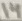
Text: 14